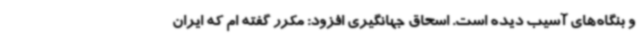
و بنگاه‌های آسیب دیده است. اسحاق جهانگیری افزود: مکرر گفته ام که ایران